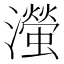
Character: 㶈